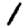
Digit: 1